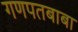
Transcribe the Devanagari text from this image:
गणपतबाबा